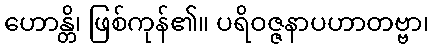
ဟောန္တိ၊ ဖြစ်ကုန်၏။ ပရိဝဇ္ဇနာပဟာတဗ္ဗာ၊